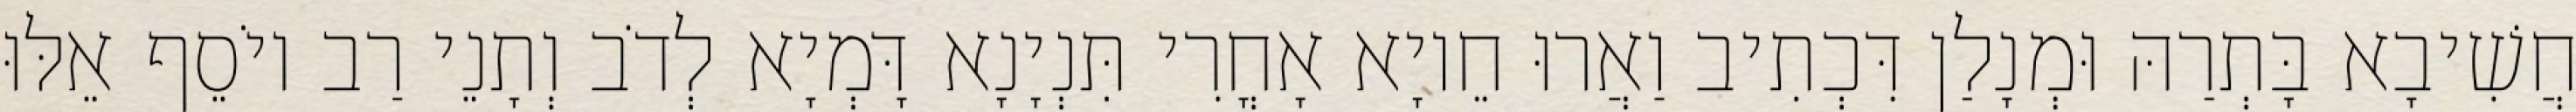
חֲשִׁיבָא בָּתְרַהּ וּמְנָלַן דִּכְתִיב וַאֲרוּ חֵיוָא אָחֳרִי תִּנְיָנָא דָּמְיָא לְדֹב וְתָנֵי רַב יוֹסֵף אֵלּוּ